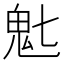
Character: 𬴽